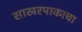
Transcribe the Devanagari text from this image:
साखरपाकाचा